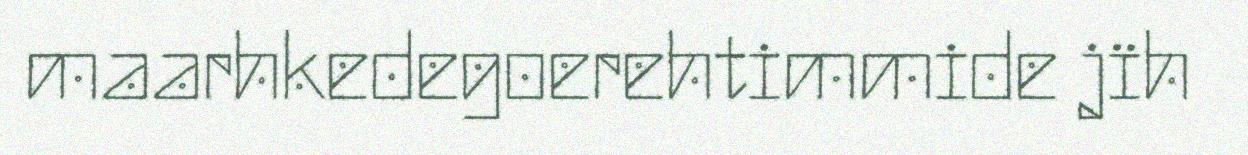
maarhkedegoerehtimmide jïh